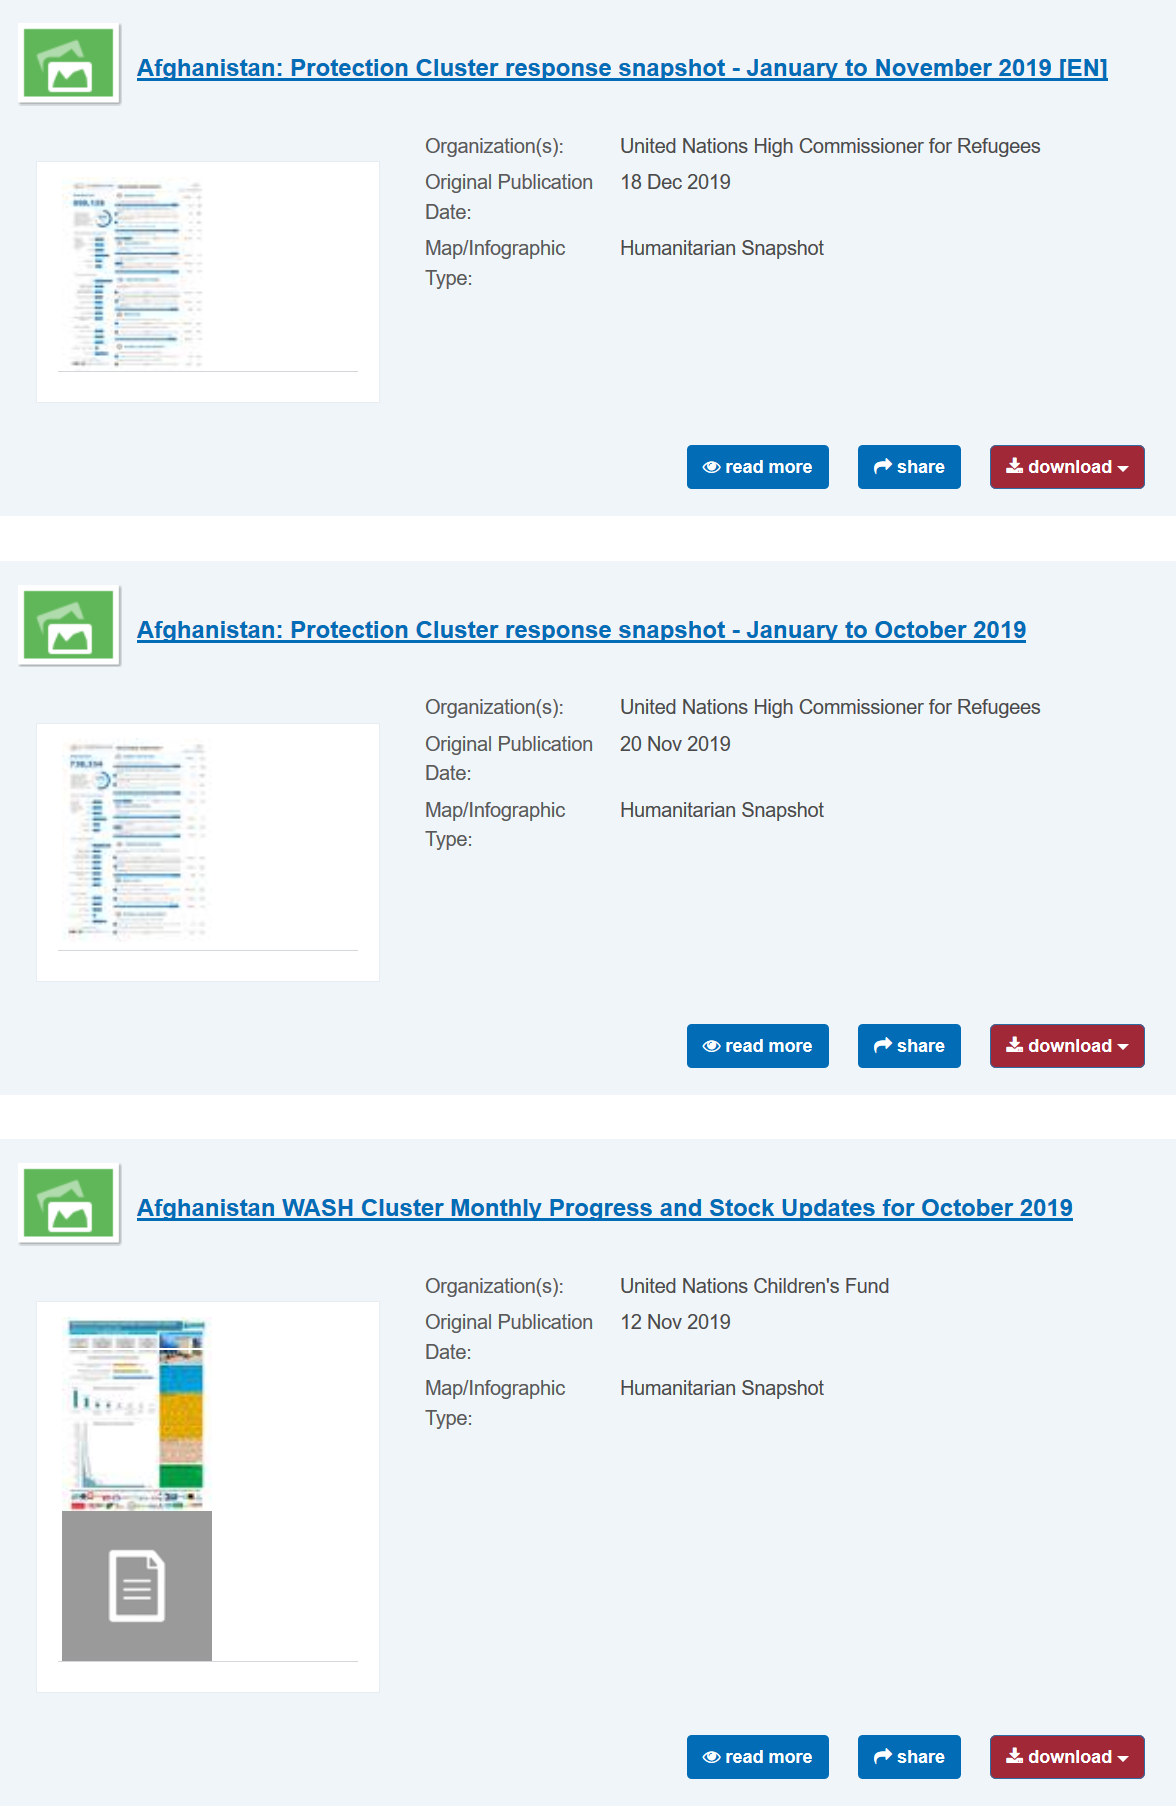
aw |
     Afghanistan: Protection Cluster response snapshot
     -
     January to November 2019 [EN
     Afghanista  rotection Cluster response snapshot - January to October 2019
     Afghanistan WASH Cluster Monthly Progress and Stock Updates for October 2019
     Organization(s): United Nations High Commissioner for Refugees
     Original Publication 18 Dec 2019
     Date:
     Map/Infographic Humanitarian Snapshot
     Type:
     Organization(s): United Nations High Commissioner for Refugees
     Original Publication 20 Nov 2019
     Date:
     Map/Infographic Humanitarian Snapshot
     Type:
     Organization(s): United Nations Children's Fund
     Original Publication 12 Nov 2019
     Date:
     Map/Infographic Humanitarian Snapshot
     Type:
     read more   Bre)    download
     Rl ecy   download
     Erle)    download